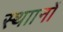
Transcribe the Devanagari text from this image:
स्थाानों